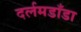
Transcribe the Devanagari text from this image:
दर्लमडाँडा